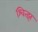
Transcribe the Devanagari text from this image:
श्वित्झ